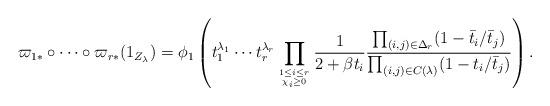
LaTeX: \begin{align*} \varpi_{1*}\circ\cdots\circ \varpi_{r*}(1_{Z_{\lambda}}) = \phi_1\left(t_1^{\lambda_1}\cdots t_r^{\lambda_r}\prod_{1\leq i\leq r \atop{\chi_i\geq 0}}\frac{1}{2+\beta t_i}\frac{\prod_{(i,j)\in \Delta_{r}}(1- \bar t_i/\bar t_j)}{\prod_{(i,j) \in C(\lambda)} (1- t_i/\bar t_j)}\right).\end{align*}